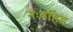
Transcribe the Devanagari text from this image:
नःबहिइ